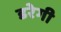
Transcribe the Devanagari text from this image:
डरेगी